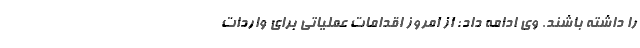
را داشته باشند. وی ادامه داد: ‌از امروز اقدامات عملیاتی برای واردات